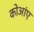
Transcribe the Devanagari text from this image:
कोआंए